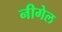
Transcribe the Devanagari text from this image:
नीगेल